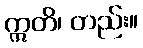
ဣတိ၊ တည်း။